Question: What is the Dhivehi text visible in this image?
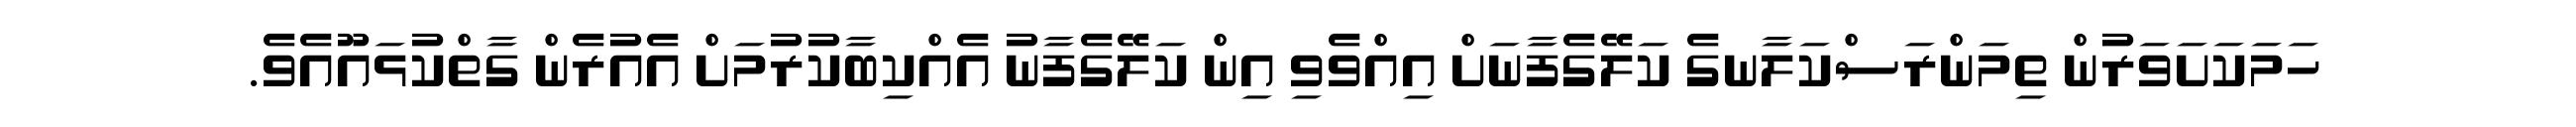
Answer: ހަމަކަށަވަރުން ތިމަންރަސްކަލާނގެ ކަލޭގެފާނަށް އިއްވެވި އިން ކަލޭގެފާނު އެއްކިބާކުރުމަށް އެއުރެން ގާތްކުޅައޫއެވެ.